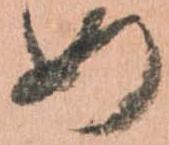
め